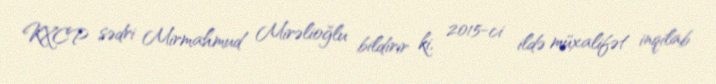
KXCP sədri Mirmahmud Mirəlioğlu bildirir ki, 2015-ci ildə müxalifət inqilab